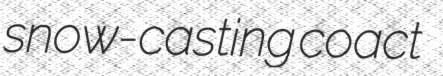
snow-casting coact